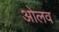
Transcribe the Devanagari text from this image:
ओलव